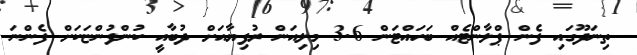
ތިނަދޫގައި ފެން ޕްލާންޓެއް ބަހައްޓަން 3.6 މިލިއަން ރުފިޔާއަށް ދުބާއީ ކުންފުންޏަކަށް ފެންނަ